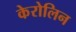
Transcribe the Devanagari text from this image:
केरोलिन